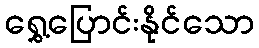
ရွှေ့ပြောင်းနိုင်သော